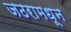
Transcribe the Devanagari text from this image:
जठरामधून